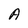
Character: A